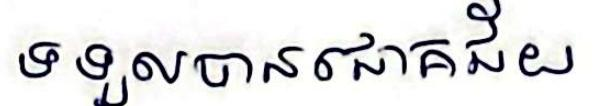
ទទួលបានជោគជ័យ